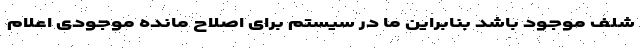
شلف موجود باشد بنابراين ما در سيستم برای اصلاح مانده موجودی اعلام